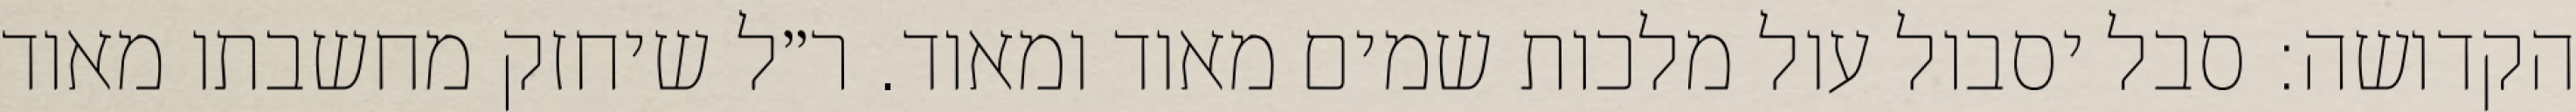
הקדושה: סבל יסבול עול מלכות שמים מאוד ומאוד. ר״ל שיחזק מחשבתו מאוד